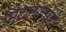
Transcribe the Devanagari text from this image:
मिटल्यातोंडी